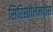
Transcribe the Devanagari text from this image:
सिरिस्तोलेमयोस